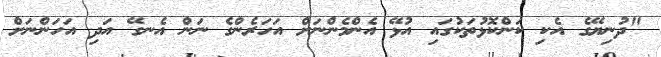
"ދުނިޔޭގެ އެކި ކަންކޮޅުތަކުގައި އުޅޭ އެންމެންނަށް އަހަރެންގެ ނަން އެނގޭ އަދި އަހަންނަށް